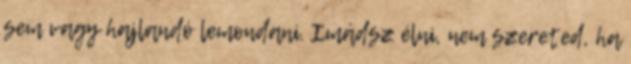
sem vagy hajlandó lemondani. Imádsz élni, nem szereted, ha